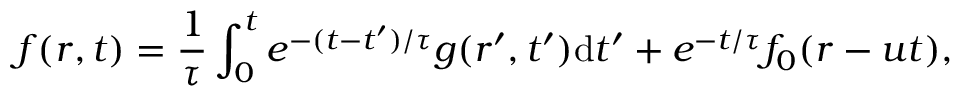
f ( \boldsymbol { r } , t ) = \frac { 1 } { \tau } \int _ { 0 } ^ { t } e ^ { - ( t - t ^ { \prime } ) / \tau } g ( \boldsymbol { r } ^ { \prime } , t ^ { \prime } ) \mathrm { { d } } t ^ { \prime } + e ^ { - t / \tau } f _ { 0 } ( \boldsymbol { r } - \boldsymbol { u } t ) ,